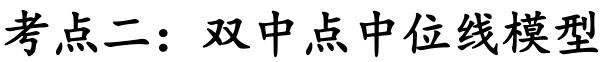
考点二：双中点中位线模型